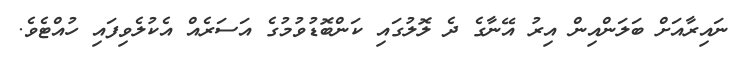
ނައިރާއަށް ބަލަންއިން އިރު އޭނާގެ ދެ ލޮލުގައި ކަންބޮޑުވުމުގެ އަސަރެއް އެކުލެވިފައި ހުއްޓެވެ.